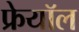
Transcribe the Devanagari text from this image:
फ्रेयॉल